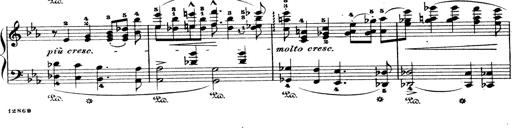
Title: Wagner-Liszt Album
Composer: Franz Liszt